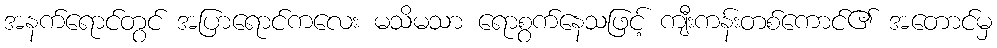
အနက်ရောင်တွင် အပြာရောင်ကလေး မသိမသာ ရောစွက်နေသဖြင့် ကျီးကန်းတစ်ကောင်၏ အတောင်မှ